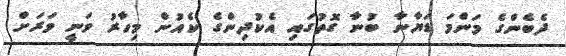
ދެބެންގެ މަންމަ ޑަޔާނާ ބުނާ ގޮތުގައި އެކުދިންގެ ކެއުން މިހާރު ވަނީ ވަރަށް